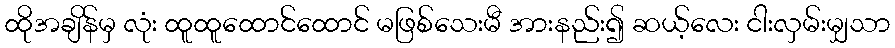
ထိုအချိန်မှ လုံး ထူထူထောင်ထောင် မဖြစ်သေးမီ အားနည်း၍ ဆယ့်လေး ငါးလှမ်းမျှသာ